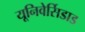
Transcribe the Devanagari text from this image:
यूनिवेर्सिडाड